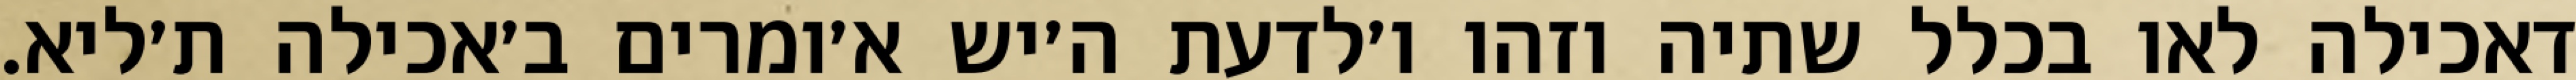
דאכילה לאו בכלל שתיה וזהו ו׳לדעת ה׳יש א׳ומרים ב׳אכילה ת׳ליא.